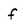
Character: f